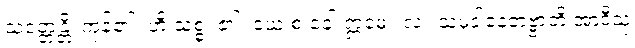
သံဝတ္တန္တိ၊ ကုန်၏။ ဟိ သစ္စံ၊ ၏။ ယေ စ ခေါ ဣမေ။ လ။ သမုဒါနေတဗ္ဗာတိ အာဒီသု